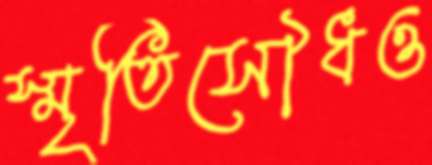
স্মৃতিসৌধও